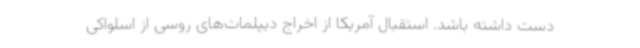
دست داشته باشد. استقبال آمریکا از اخراج دیپلمات‌های روسی از اسلواکی